Vaccination in Burma 1912-1922 - 1912-1922
Year: 1912
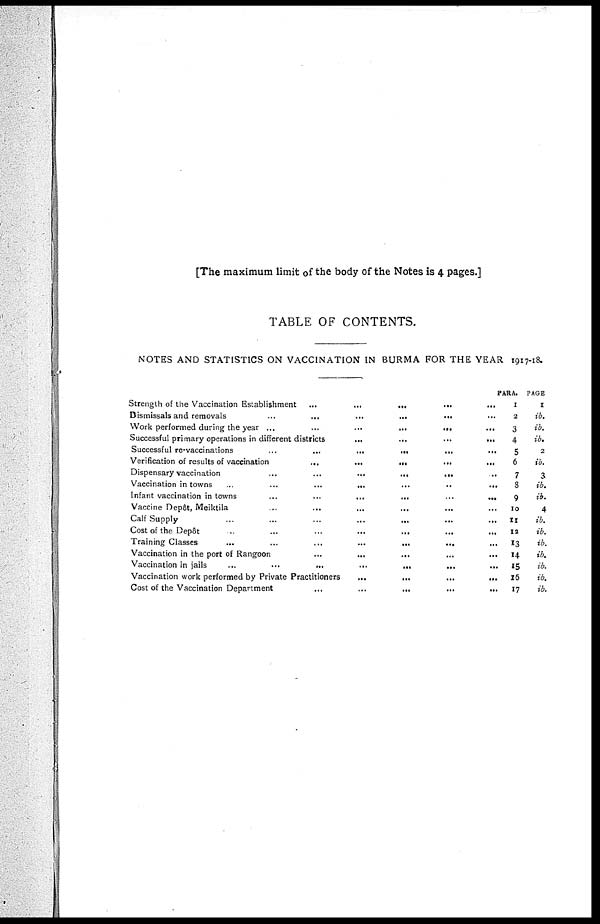
[The maximum limit of the body of the Notes is 4 pages.]
TABLE OF CONTENTS.
NOTES AND STATISTICS ON VACCINATION IN BURMA FOR THE YEAR 1917-18.
Strength of the Vaccination Establishment
...
...
...
...
...
Dismissals and removals
...
...
...
...
...
...
Work performed during the year ...
...
...
...
...
...
Successful primary operations in different districts
...
...
...
...
Successful re-vaccinations
...
...
...
...
...
...
Verification of results of vaccination
...
...
...
...
...
Dispensary vaccination
...
...
...
...
...
...
Vaccination in towns
...
...
...
...
...
..
...
Infant vaccination in towns
...
...
...
...
...
...
Vaccine Depôt, Meiktila ... ... ... ... ... ...
Calf Supply
...
...
...
...
...
...
...
Cost of the Depôt
...
...
...
...
...
...
...
Training Classes
...
...
...
...
...
...
...
Vaccination in the port of Rangoon
...
...
...
...
...
Vaccination in jails
...
...
...
...
...
...
...
Vaccination work performed by Private Practitioners
...
...
...
...
Cost of the Vaccination Department
...
...
...
...
...
PARA.
1
2
3
4
5
6
7
8
9
10
11
12
13
14
15
16
17
PAGE
1
ib.
ib.
ib.
2
ib.
3
ib.
ib.
4
ib.
ib.
ib.
ib.
ib.
ib.
ib.